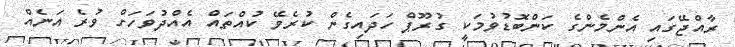
ރާއްޖޭގައި އެންމެންގެ ކަންބޮޑުވުމަކީ ގުރޫޕް ހަދައިގެން ކުރެވޭ ކުއްތައް އެއްދުވަހަށް ވުރެ އަނެއް